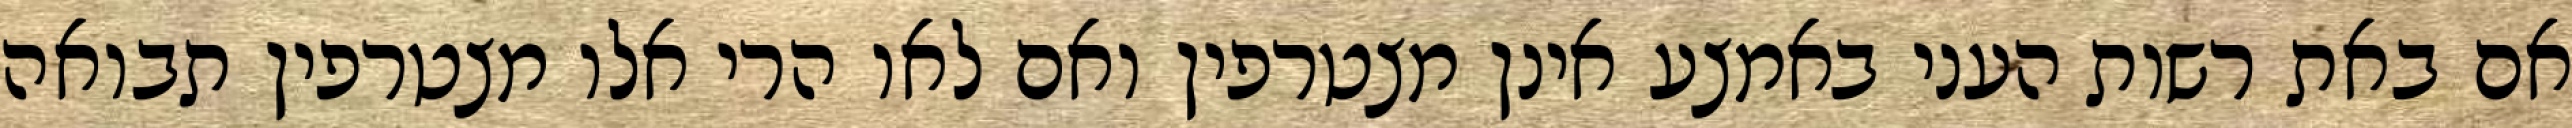
אם באת רשות העני באמצע אינן מצטרפין ואם לאו הרי אלו מצטרפין תבואה